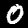
Digit: 0